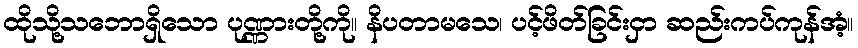
ထိုသို့သဘောရှိသော ပုဏ္ဏားတို့ကို။ နိပတာမသေ၊ ပင့်ဖိတ်ခြင်းငှာ ဆည်းကပ်ကုန်အံ့။